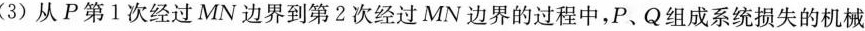
(3)从P第1次经过MN边界到第2次经过MN边界的过程中，P、Q组成系统损失的机械